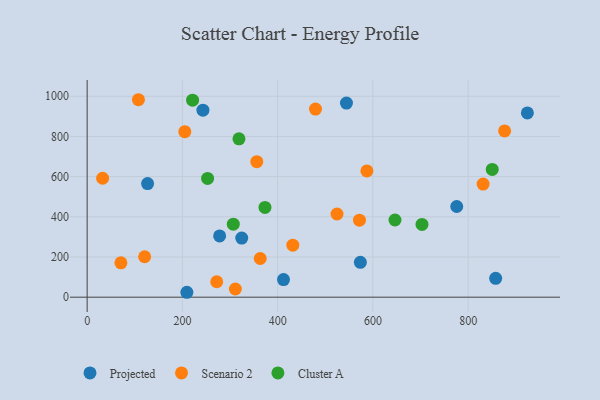
{"axis": {"x": "Experience", "y": "Yield"}, "legend": ["Cluster A", "Projected", "Scenario 2"], "data": [{"x": "924.4", "y": 916.9, "type": "Projected"}, {"x": "573.7", "y": 173.4, "type": "Projected"}, {"x": "412.3", "y": 87.8, "type": "Projected"}, {"x": "544.5", "y": 965.8, "type": "Projected"}, {"x": "243.1", "y": 930.6, "type": "Projected"}, {"x": "278.2", "y": 305.0, "type": "Projected"}, {"x": "776.1", "y": 451.2, "type": "Projected"}, {"x": "324.6", "y": 294.0, "type": "Projected"}, {"x": "857.8", "y": 93.7, "type": "Projected"}, {"x": "126.9", "y": 565.6, "type": "Projected"}, {"x": "209.4", "y": 24.4, "type": "Projected"}, {"x": "431.9", "y": 258.9, "type": "Scenario 2"}, {"x": "363.4", "y": 192.4, "type": "Scenario 2"}, {"x": "70.9", "y": 171.0, "type": "Scenario 2"}, {"x": "571.8", "y": 383.3, "type": "Scenario 2"}, {"x": "272.1", "y": 76.8, "type": "Scenario 2"}, {"x": "205.1", "y": 823.6, "type": "Scenario 2"}, {"x": "120.7", "y": 201.3, "type": "Scenario 2"}, {"x": "107.7", "y": 982.7, "type": "Scenario 2"}, {"x": "831.5", "y": 563.0, "type": "Scenario 2"}, {"x": "479.5", "y": 936.4, "type": "Scenario 2"}, {"x": "587.4", "y": 628.4, "type": "Scenario 2"}, {"x": "311.2", "y": 40.8, "type": "Scenario 2"}, {"x": "524.7", "y": 413.9, "type": "Scenario 2"}, {"x": "356.2", "y": 674.3, "type": "Scenario 2"}, {"x": "876.6", "y": 827.2, "type": "Scenario 2"}, {"x": "32.5", "y": 591.9, "type": "Scenario 2"}, {"x": "221.4", "y": 980.3, "type": "Cluster A"}, {"x": "252.9", "y": 590.9, "type": "Cluster A"}, {"x": "703.1", "y": 361.9, "type": "Cluster A"}, {"x": "373.4", "y": 446.7, "type": "Cluster A"}, {"x": "306.9", "y": 363.4, "type": "Cluster A"}, {"x": "646.4", "y": 384.1, "type": "Cluster A"}, {"x": "318.8", "y": 787.9, "type": "Cluster A"}, {"x": "850.6", "y": 635.7, "type": "Cluster A"}]}